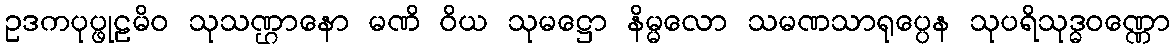
ဥဒကပုပ္ဖုဠမိဝ သုသဏ္ဌာနော မဏိ ဝိယ သုမဋ္ဌော နိမ္မလော သမဏသာရုပ္ပေန သုပရိသုဒ္ဓဝဏ္ဏော